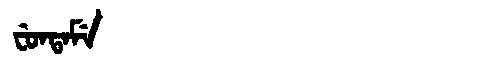
Manchu: ᠸᡠᠨᡨᠠᠮᡝ
Romanization: FUNTAME